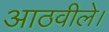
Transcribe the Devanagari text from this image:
आठवीले।